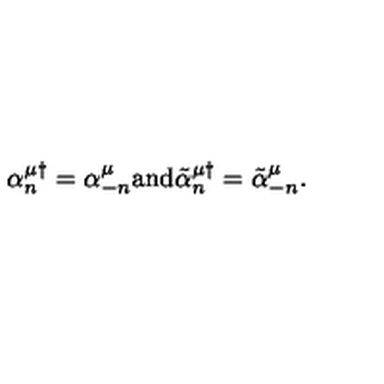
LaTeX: \alpha _ { n } ^ { \mu \dagger } = \alpha _ { - n } ^ { \mu } \mathrm { a n d } \tilde { \alpha } _ { n } ^ { \mu \dagger } = \tilde { \alpha } _ { - n } ^ { \mu } .